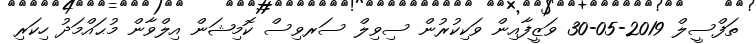
ތަފްސީލް 2019-05-30 ވަޒީފާއިން ވަކިކުރުން ސިވިލް ސަރވިސް ކޮމިޝަން އިލްވާން މުޙައްމަދު ހިކަރި